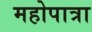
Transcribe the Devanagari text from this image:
महोपात्रा